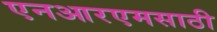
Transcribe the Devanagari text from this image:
एनआरएमसाठी